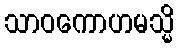
သာဝကောဟမသ္မိ